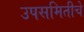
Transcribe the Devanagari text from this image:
उपसमितीचे